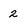
Character: 2